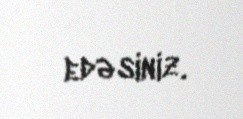
edəsiniz.